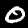
Label: 0